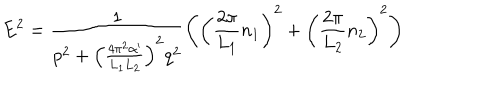
E ^ { 2 } = \frac { 1 } { p ^ { 2 } + \left( \frac { 4 \pi ^ { 2 } \alpha ^ { \prime } } { L _ { 1 } L _ { 2 } } \right) ^ { 2 } q ^ { 2 } } \left( \left( \frac { 2 \pi } { L _ { 1 } } n _ { 1 } \right) ^ { 2 } + \left( \frac { 2 \pi } { L _ { 2 } } n _ { 2 } \right) ^ { 2 } \right)